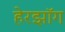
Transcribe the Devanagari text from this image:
हेरझॉग